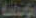
موضة